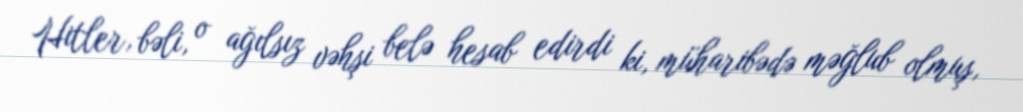
Hitler, bəli, o ağılsız vəhşi belə hesab edirdi ki, müharibədə məğlub olmuş,